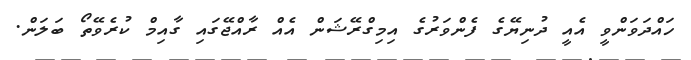
ހައްދަވަންވީ އެއީ ދުނިޔޭގެ ފެންވަރުގެ އިމިގްރޭޝަން އެއް ރާއްޖޭގައި ގާއިމް ކުރެވޭތޯ ބަލަން.